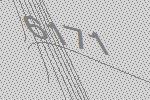
6171